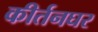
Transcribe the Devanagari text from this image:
कीर्तनघर